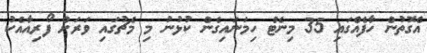
އެގޮތުން ހާފެއްގައި 35 މިނެޓް ހިމަނައިގެން ކުޅުނު މި މެޗުގައި ވަރަށް ފޯރިއާއެކު